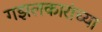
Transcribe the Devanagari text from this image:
गझलकारांच्या